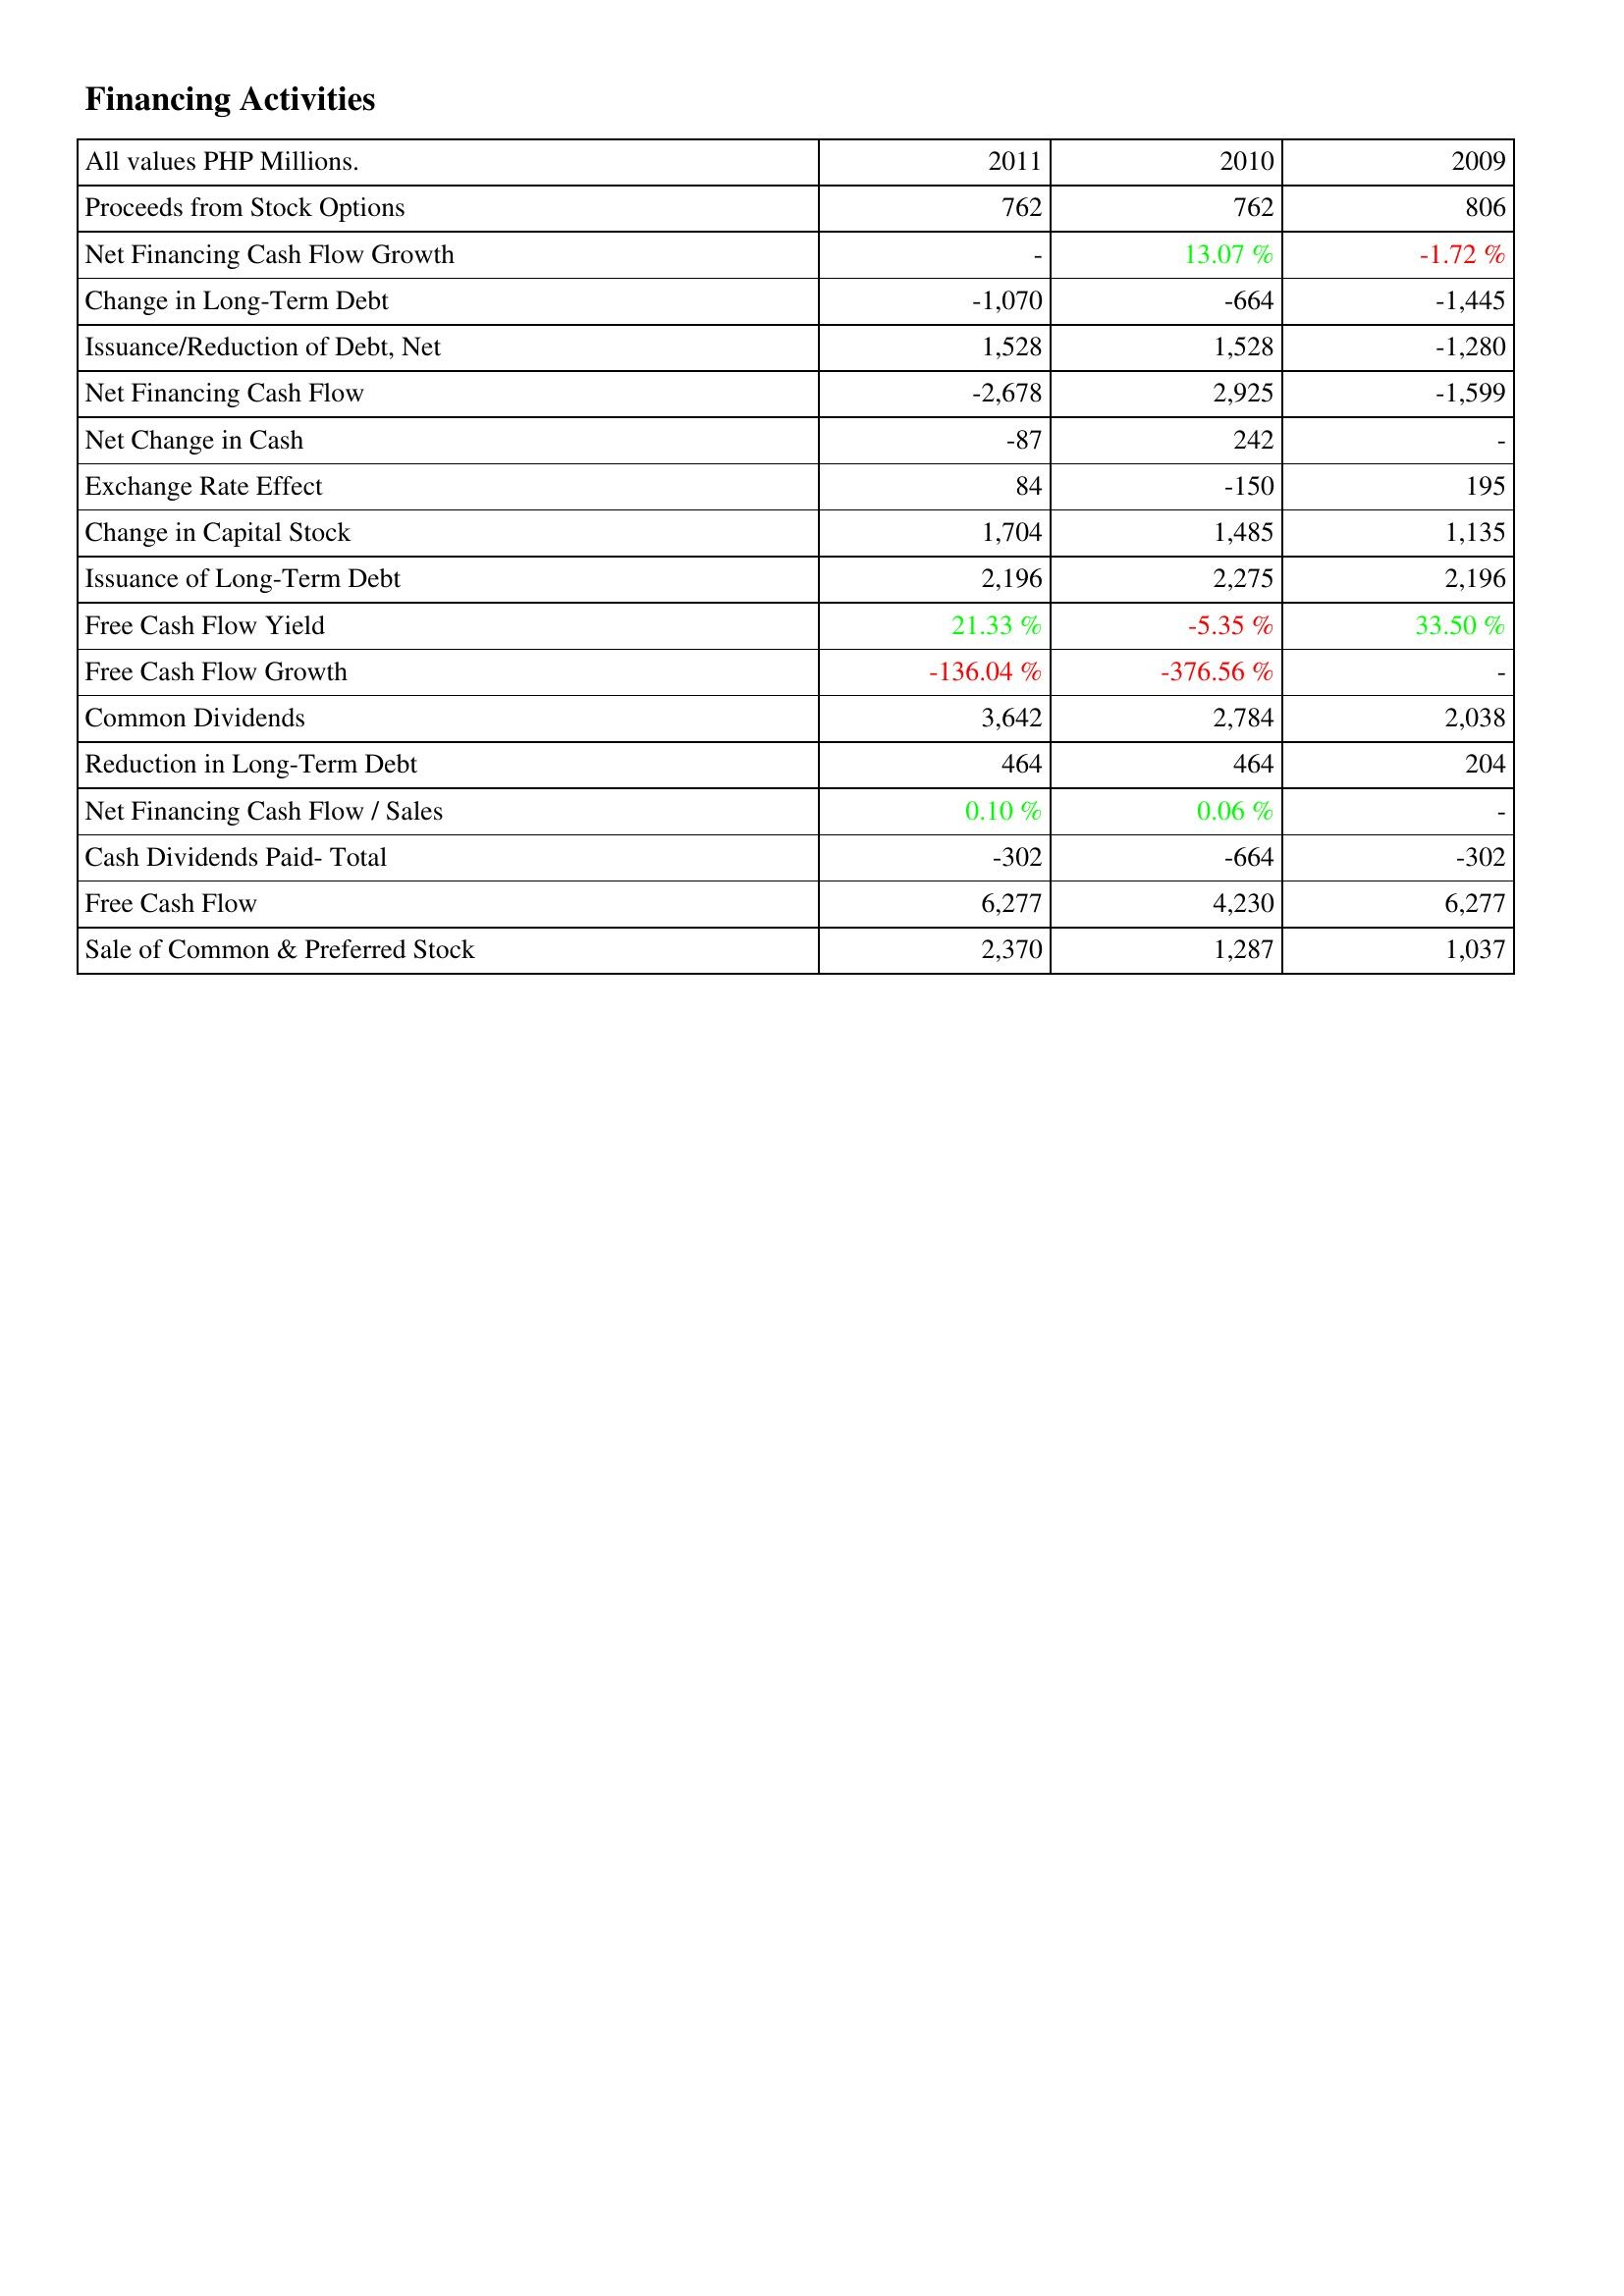
2011: Financing Activities: Proceeds from Stock Options: 762
Net Financing Cash Flow Growth: -
Change in Long-Term Debt: -1,070
Issuance/Reduction of Debt, Net: 1,528
Net Financing Cash Flow: -2,678
Net Change in Cash: -87
Exchange Rate Effect: 84
Change in Capital Stock: 1,704
Issuance of Long-Term Debt: 2,196
Free Cash Flow Yield: 21.33 %
Free Cash Flow Growth: -136.04 %
Common Dividends: 3,642
Reduction in Long-Term Debt: 464
Net Financing Cash Flow / Sales: 0.10 %
Cash Dividends Paid- Total: -302
Free Cash Flow: 6,277
Sale of Common & Preferred Stock: 2,370
2010: Financing Activities: Proceeds from Stock Options: 762
Net Financing Cash Flow Growth: 13.07 %
Change in Long-Term Debt: -664
Issuance/Reduction of Debt, Net: 1,528
Net Financing Cash Flow: 2,925
Net Change in Cash: 242
Exchange Rate Effect: -150
Change in Capital Stock: 1,485
Issuance of Long-Term Debt: 2,275
Free Cash Flow Yield: -5.35 %
Free Cash Flow Growth: -376.56 %
Common Dividends: 2,784
Reduction in Long-Term Debt: 464
Net Financing Cash Flow / Sales: 0.06 %
Cash Dividends Paid- Total: -664
Free Cash Flow: 4,230
Sale of Common & Preferred Stock: 1,287
2009: Financing Activities: Proceeds from Stock Options: 806
Net Financing Cash Flow Growth: -1.72 %
Change in Long-Term Debt: -1,445
Issuance/Reduction of Debt, Net: -1,280
Net Financing Cash Flow: -1,599
Net Change in Cash: -
Exchange Rate Effect: 195
Change in Capital Stock: 1,135
Issuance of Long-Term Debt: 2,196
Free Cash Flow Yield: 33.50 %
Free Cash Flow Growth: -
Common Dividends: 2,038
Reduction in Long-Term Debt: 204
Net Financing Cash Flow / Sales: -
Cash Dividends Paid- Total: -302
Free Cash Flow: 6,277
Sale of Common & Preferred Stock: 1,037